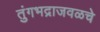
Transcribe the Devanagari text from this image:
तुंगभद्राजवळचे